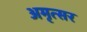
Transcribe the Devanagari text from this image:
अमृत्सर